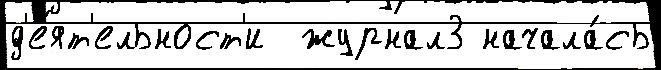
д'е́ят'ельност'и  журнал3 начала́сь